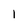
Character: 1